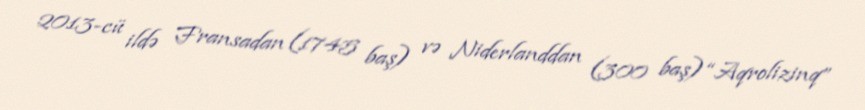
2013-cü ildə Fransadan (1745 baş) və Niderlanddan (300 baş) “Aqrolizinq”